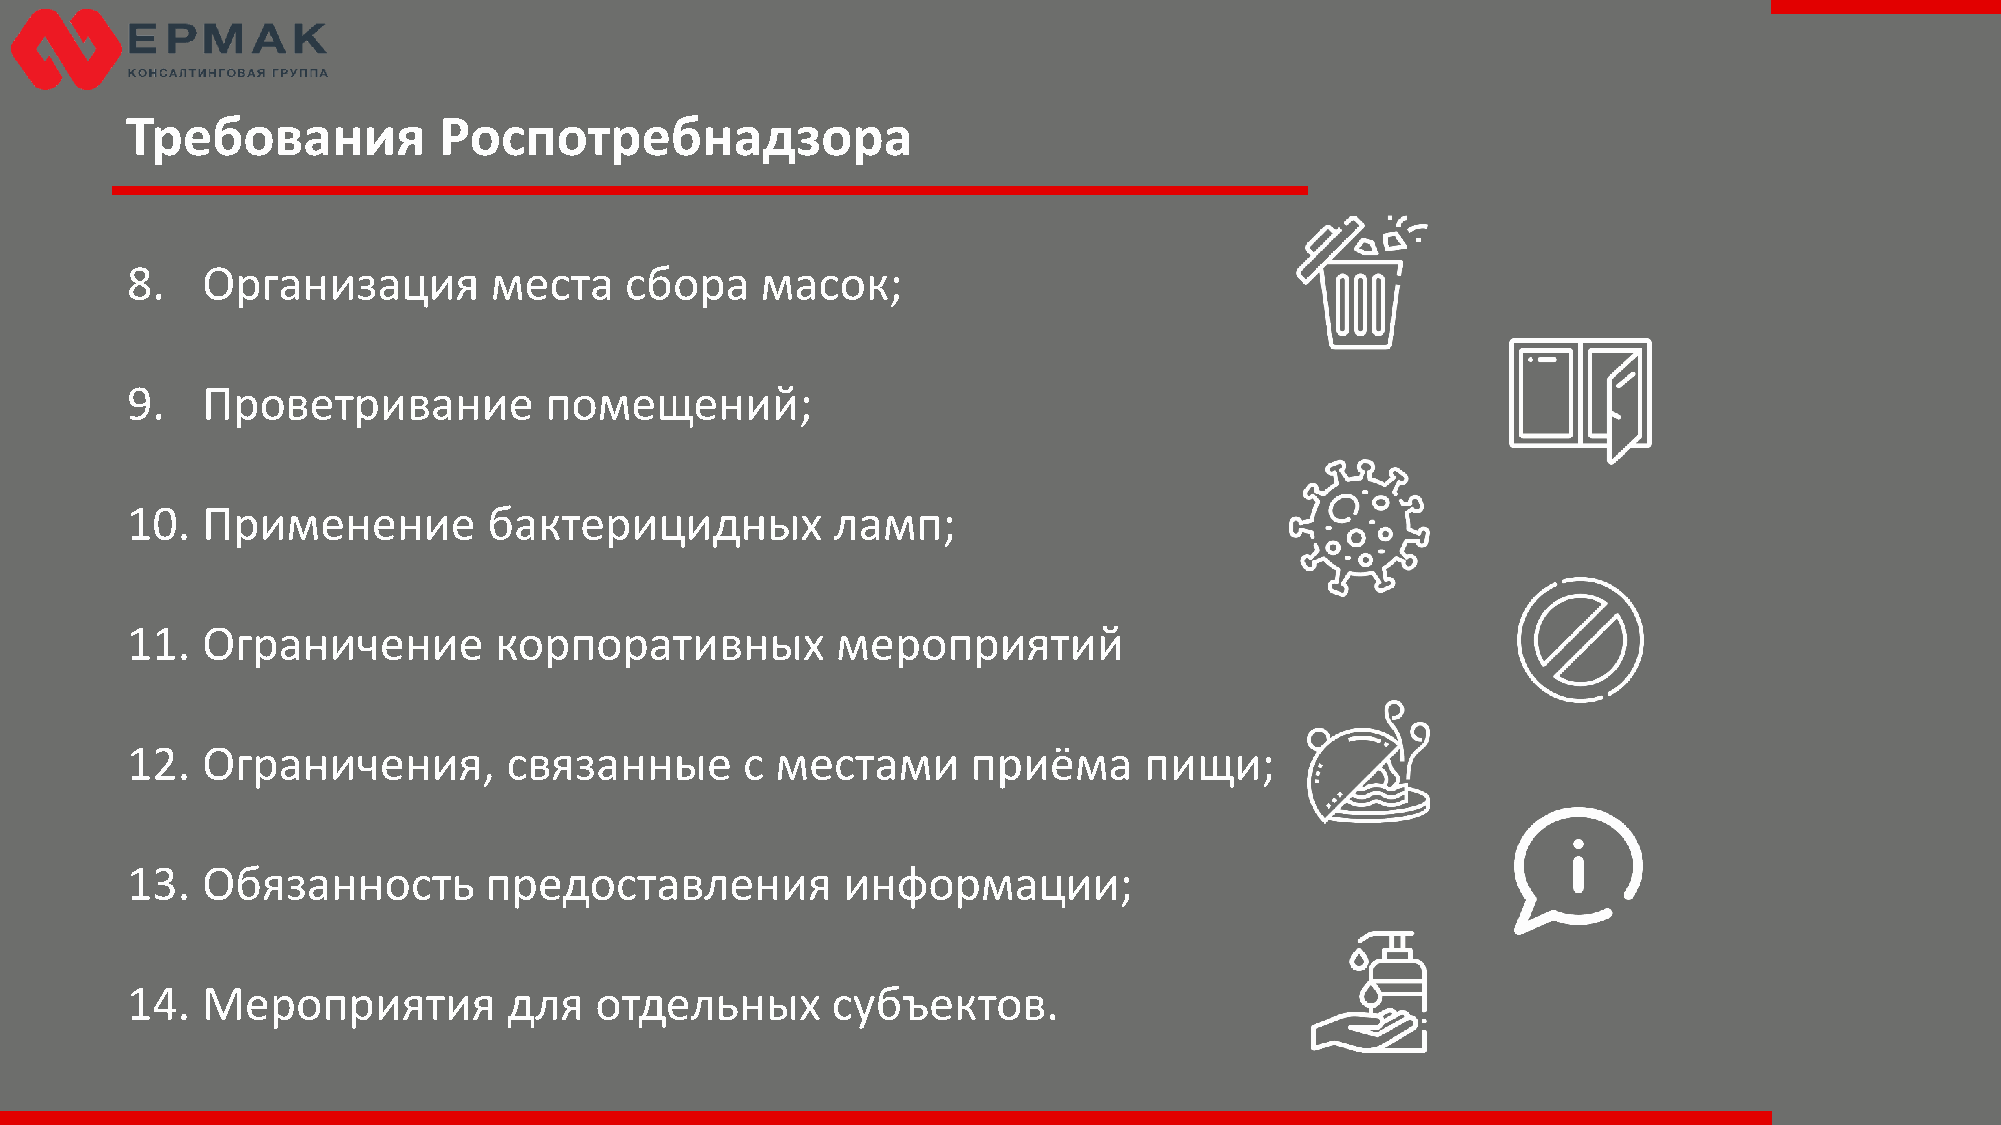
Требования           Роспотребнадзора
 8.   Организация        места    сбора    масок;
 9.   Проветривание          помещений;
 10.  Применение         бактерицидных          ламп;
 11.  Ограничение         корпоративных         мероприятий
 12.  Ограничения,         связанные      с местами      приёма      пищи;
 13.  Обязанность        предоставления          информации;
 14.  Мероприятия          для  отдельных       субъектов.